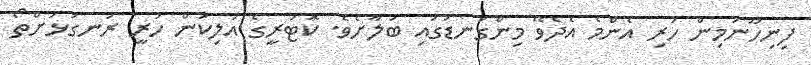
ފިނިހޫނުމިން ހުރި އެންމެ އެދެވޭ މިންގަނޑުގައި ބަލާށެވެ. ކޮޓަރީގެ އަލިކަން ހުރީ ރަނގަޅަށްތޯ